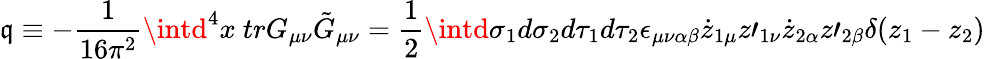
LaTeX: \mathfrak{q}\equiv-\frac{{1}}{{16\pi^{2}}}\intd^{4}x\mathrm{{~}}trG_{\mu\nu}\tilde{{G}}_{\mu\nu}=\frac{{1}}{{2}}\intd\sigma_{1}d\sigma_{2}d\tau_{1}d\tau_{2}\epsilon_{\mu\nu\alpha\beta}\dot{{z}}_{1\mu}z\prime_{1\nu}\dot{{z}}_{2\alpha}z\prime_{2\beta}\delta(z_{1}-z_{2})